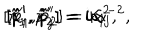
LaTeX: [ \hat { x } _ { 1 } ^ { \prime } , \hat { x } _ { 2 } ^ { \prime } ] = i \alpha ^ { 2 } , \hspace { 0 . 4 c m } [ \hat { p } _ { 1 } ^ { \prime } , \hat { p } _ { 2 } ^ { \prime } ] = i \alpha ^ { - 2 } , \hspace { 0 . 4 c m } [ \hat { x } _ { i } ^ { \prime } , \hat { p } _ { j } ^ { \prime } ] = i \delta _ { i j }